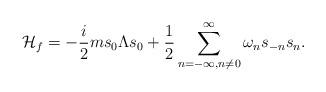
LaTeX: \begin{align*}{\cal H}_{f} = -{i\over 2}m s_0\Lambda s_0+{1\over2}\sum_{n=-\infty,n\neq 0}^{\infty}\omega_n s_{-n}s_n.\end{align*}